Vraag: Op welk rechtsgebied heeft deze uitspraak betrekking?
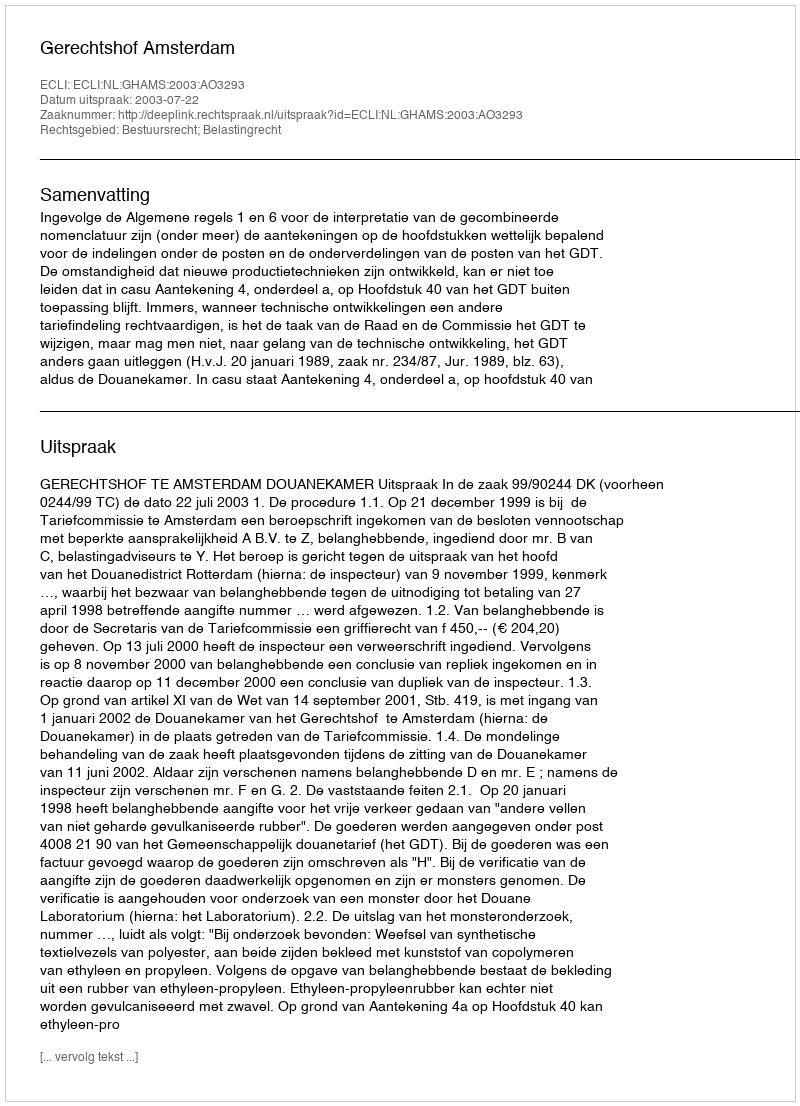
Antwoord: Bestuursrecht; Belastingrecht